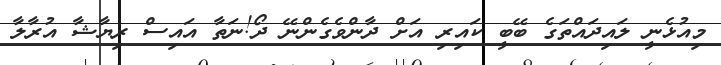
މިއުޅެނީ ލައިދައްތަގެ ބޭބީ ކައިރި އަށް ދާންވެގެންނޭ ދޯ!ނަތާ އައިސް ރިޔާޝާ އުރާލާ